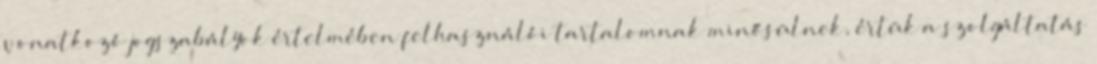
vonatkozó jogszabályok értelmében felhasználói tartalomnak minősülnek, értük a szolgáltatás